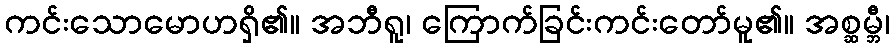
ကင်းသောမောဟရှိ၏။ အဘီရူ၊ ကြောက်ခြင်းကင်းတော်မူ၏။ အစ္ဆမ္ဘီ၊